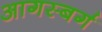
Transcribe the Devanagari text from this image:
आगस्बर्ग